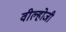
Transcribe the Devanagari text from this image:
वील्होजी